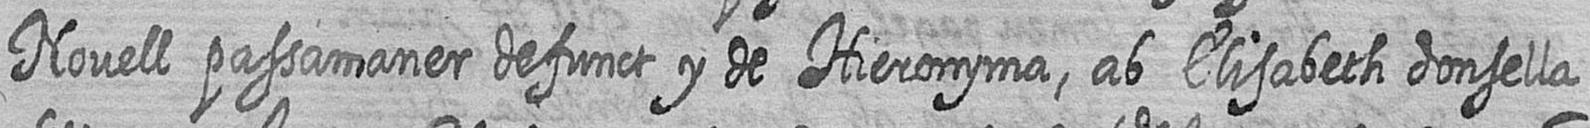
Novell passamaner defunct y de Hieronyma ab Elisabeth donsella